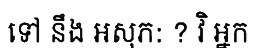
ទៅ នឹង អសុភ: ? វិ អ្នក